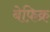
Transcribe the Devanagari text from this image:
बेफ़िक्र